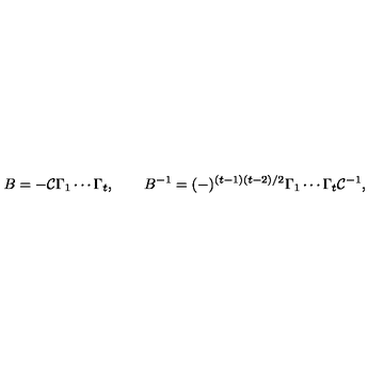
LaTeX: B = - { \cal C } \Gamma _ { 1 } \cdots \Gamma _ { t } , \qquad B ^ { - 1 } = ( - ) ^ { ( t - 1 ) ( t - 2 ) / 2 } \Gamma _ { 1 } \cdots \Gamma _ { t } { \cal C } ^ { - 1 } ,